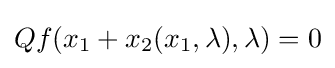
Qf(x_{1}+x_{2}(x_{1},\lambda ),\lambda )=0